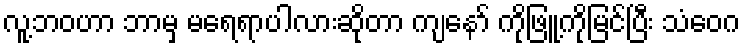
လူ့ဘဝဟာ ဘာမှ မရေရာပါလားဆိုတာ ကျနော် ကိုဖြူ့ကိုမြင်ပြီး သံဝေဂ